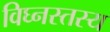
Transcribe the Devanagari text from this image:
विघ्नस्तस्य